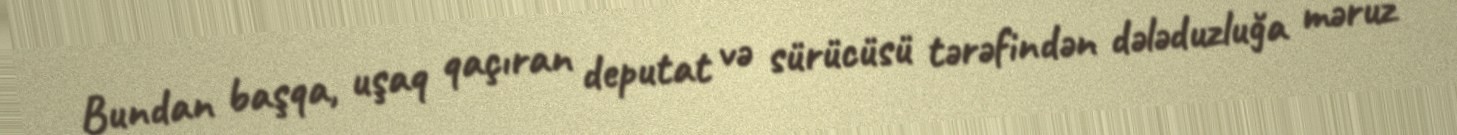
Bundan başqa, uşaq qaçıran deputat və sürücüsü tərəfindən dələduzluğa məruz